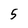
Character: 5